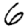
Digit: 6